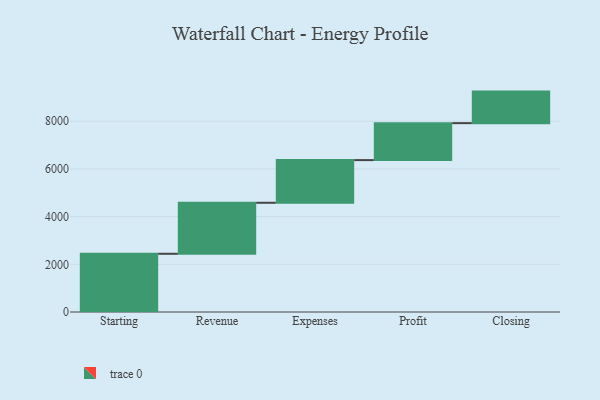
{"axis": {"x": "Step", "y": "Value"}, "legend": [""], "data": [{"x": "Starting", "y": 2442.0, "type": ""}, {"x": "Revenue", "y": 2139.0, "type": ""}, {"x": "Expenses", "y": 1789.0, "type": ""}, {"x": "Profit", "y": 1550.0, "type": ""}, {"x": "Closing", "y": 1323.0, "type": ""}]}